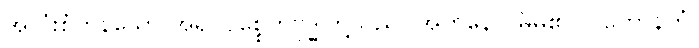
အလုံးစုံကုန်သော အရှင်ပစ္စေကဗုဒ္ဓါတို့သည်။ အတ္တနော၊ မိမိ၏။ ပဟောနကံ၊